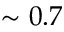
\sim 0 . 7